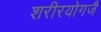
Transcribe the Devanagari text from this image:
शरीरयोगजै